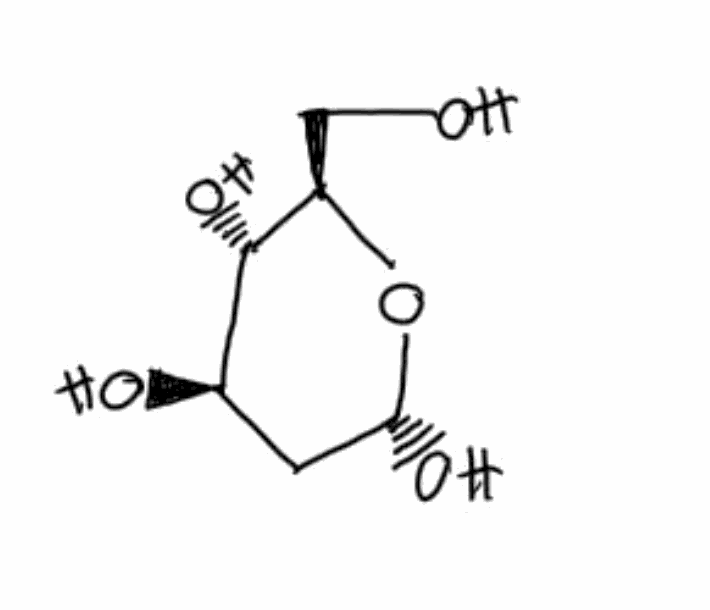
Simplified molecular-input line-entry system (SMILES) notation of the given molecule:
C(F)(F)(F)S(=O)NP(=S)(N)N